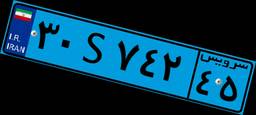
۳۰S۷۴۲۴۵